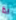
اذا